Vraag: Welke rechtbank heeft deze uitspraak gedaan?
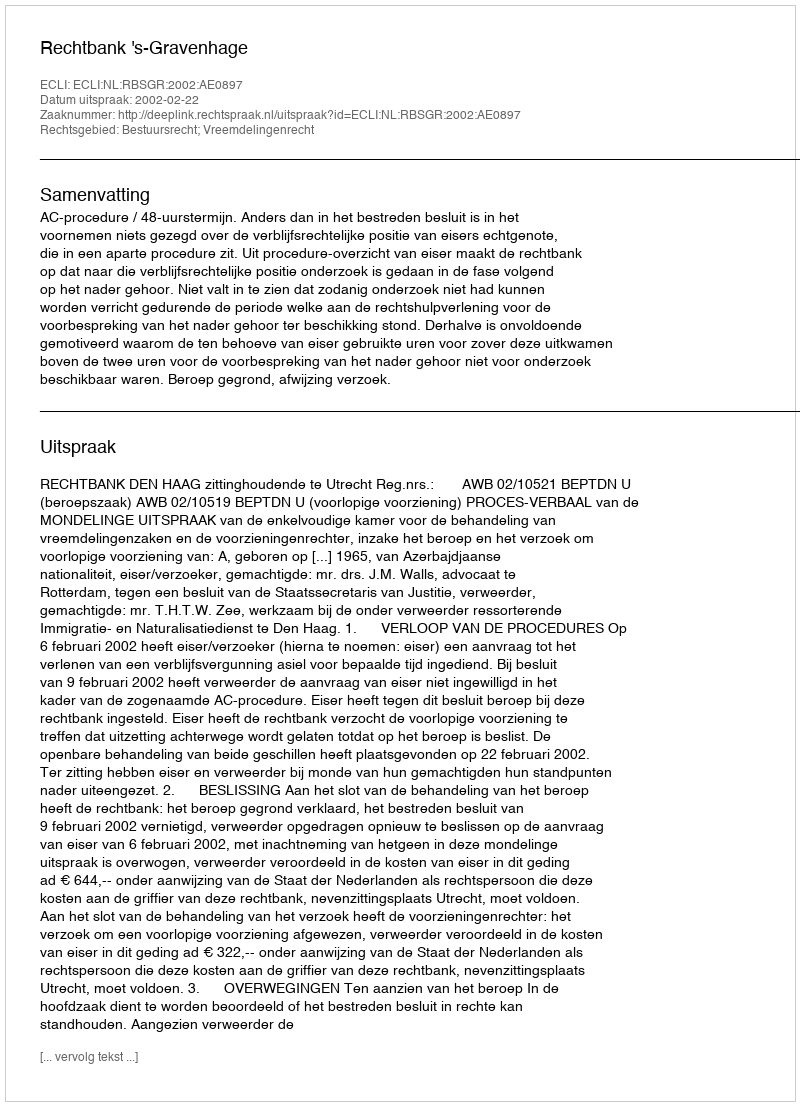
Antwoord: Rechtbank 's-Gravenhage